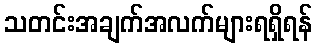
သတင်းအချက်အလက်များရရှိရန်